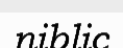
niblic